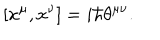
[ x ^ { \mu } , x ^ { \nu } ] = i \hbar \theta ^ { \mu \nu } .